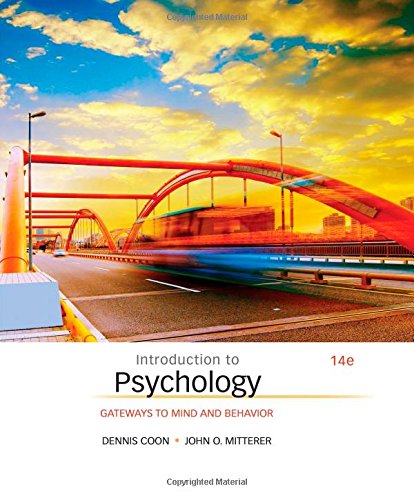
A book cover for Introduction to Psychology: Gateways to Mind and Behavior; Dennis Coon; Health, Fitness & Dieting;